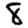
Digit: 8